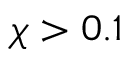
\chi > 0 . 1